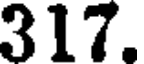
317.